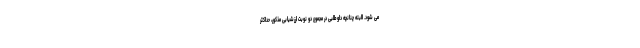
می شود. البته چنانچه داوطلبی در مجموع دو نوبت ارزشیابی مذکور، حداکثر